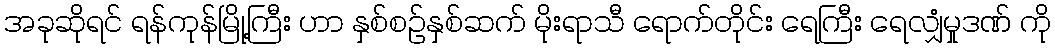
အခုဆိုရင် ရန်ကုန်မြို့ကြီး ဟာ နှစ်စဉ်နှစ်ဆက် မိုးရာသီ ရောက်တိုင်း ရေကြီး ရေလျှံမှုဒဏ် ကို